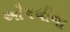
ઔષધીના